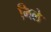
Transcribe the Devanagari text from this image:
मिले